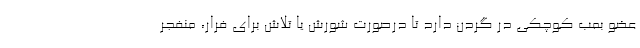
عضو بمب کوچکی در گردن دارد تا درصورت شورش یا تلاش برای فرار، منفجر